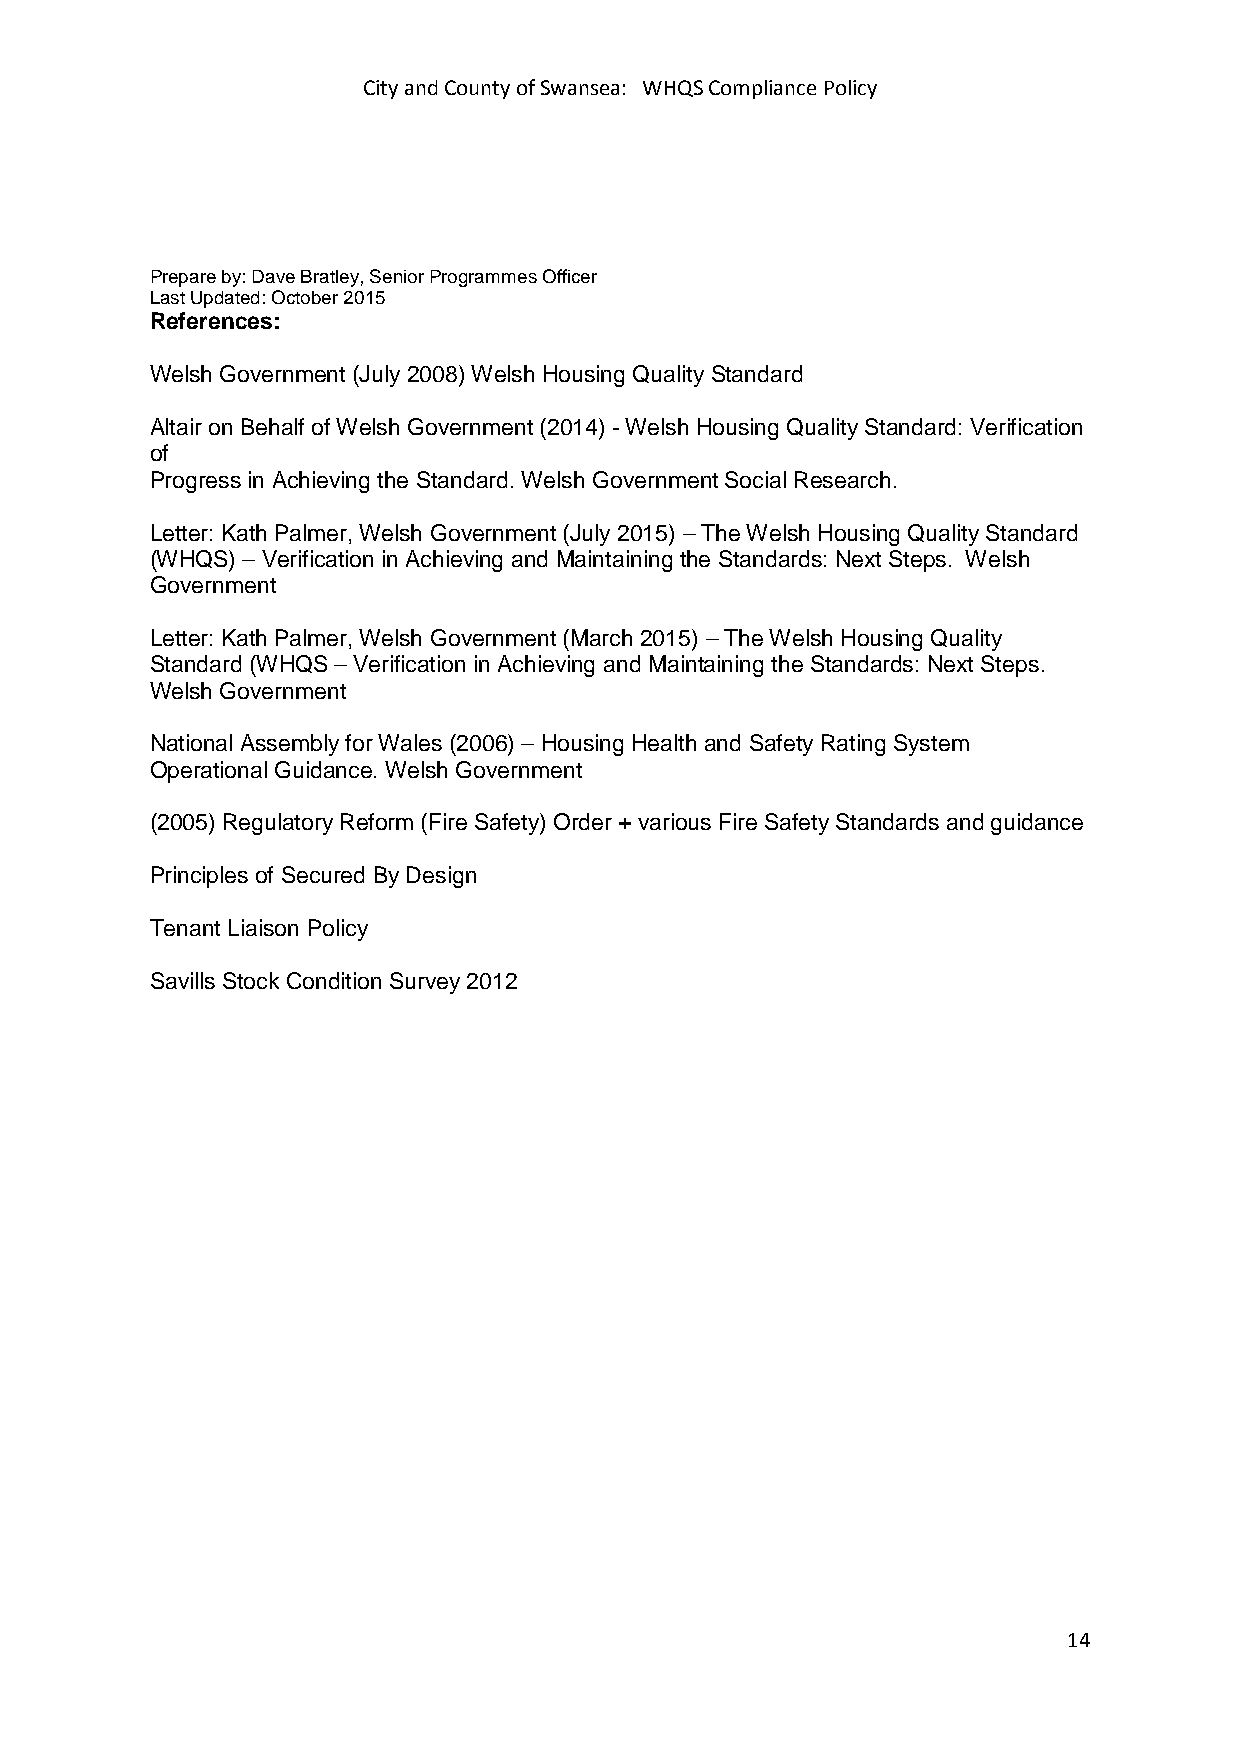
City and County of Swansea: WHQS Compliance Policy
 Prepare by: Dave Bratley, Senior Programmes Officer
 Last Updated: October 2015
 References:
 Welsh Government (July 2008) Welsh Housing Quality Standard
 Altair on Behalf of Welsh Government (2014) - Welsh Housing Quality Standard: Verification
 of
 Progress in Achieving the Standard. Welsh Government Social Research.
 Letter: Kath Palmer, Welsh Government (July 2015) – The Welsh Housing Quality Standard
 (WHQS) – Verification in Achieving and Maintaining the Standards: Next Steps. Welsh
 Government
 Letter: Kath Palmer, Welsh Government (March 2015) – The Welsh Housing Quality
 Standard (WHQS – Verification in Achieving and Maintaining the Standards: Next Steps.
 Welsh Government
 National Assembly for Wales (2006) – Housing Health and Safety Rating System
 Operational Guidance. Welsh Government
 (2005) Regulatory Reform (Fire Safety) Order + various Fire Safety Standards and guidance
 Principles of Secured By Design
 Tenant Liaison Policy
 Savills Stock Condition Survey 2012
 14